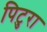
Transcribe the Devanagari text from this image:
पिटुरा